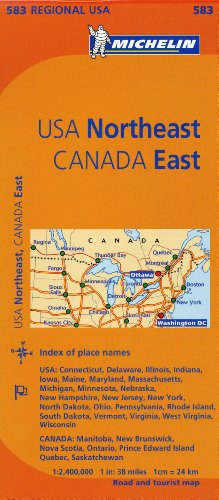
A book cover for Michelin USA: Northeast, Canada: East Map 583 (Maps/Regional (Michelin)); Michelin Travel & Lifestyle; Travel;